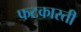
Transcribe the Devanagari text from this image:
फटकारती